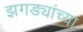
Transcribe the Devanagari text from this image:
झगड्यांच्या